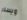
ويسلر